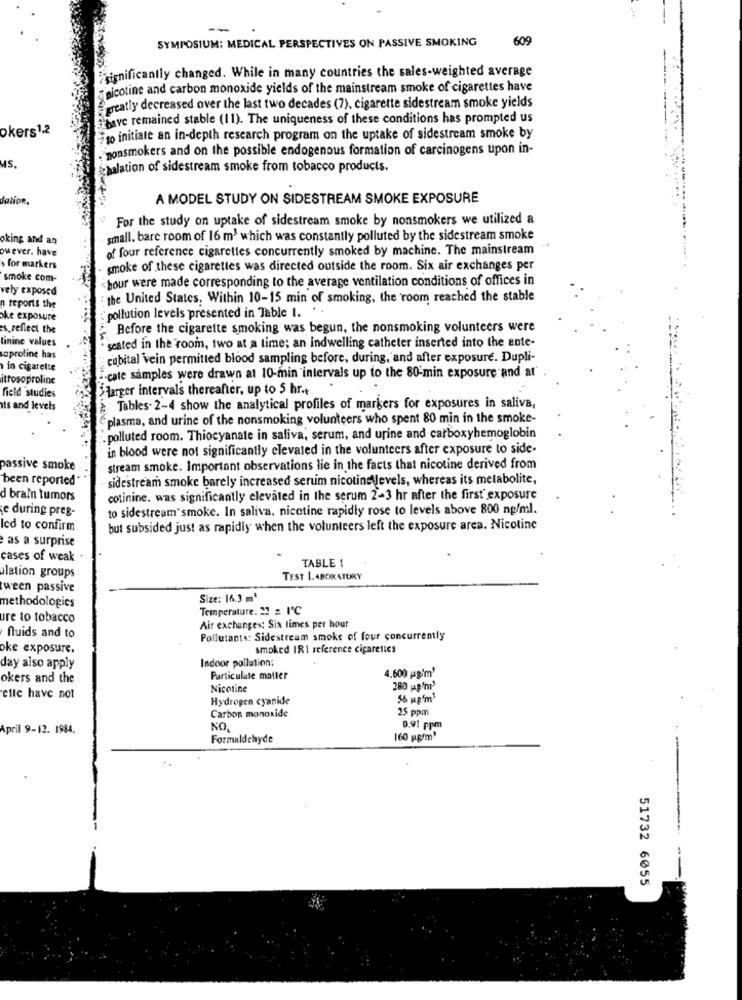
--
SYMPOSIUM: MEDICAL PERSPECTIVES ON PASSIVE SMOKING
609
-
significantly changed. While in many countries the sales-weighted average
nicotine and carbon monoxide yields of the mainstream smoke of cigarettes have
greatly decreased over the last two decades (7), cigarette sidestream smoke yields
Losve remained stable (11). The uniqueness of these conditions has prompted us
okers1.2
ito initiate an in-depth research program on the uptake of sidestream smoke by
nonsmokers and on the possible endogenous formation of carcinogens upon in-
MS.
halation of sidestream smoke from tobacco products.
dation,
A MODEL STUDY ON SIDESTREAM SMOKE EXPOSURE
For the study on uptake of sidestream smoke by nonsmokers we utilized a
oking and an
small. bare room of 16 m3 which was constantly polluted by the sidestream smoke
-
owever. have
of four reference cigarettes concurrently smoked by machine. The mainstream
for markers
smoke of these cigarettes was directed outside the room. Six air exchanges per
smoke com-
hour were made corresponding to the average ventilation conditions of offices in
vely exposed
the United States, Within 10-15 min of smoking, the room reached the stable
n reports the
oke exposure
pollution levels presented in Table I.
es_ reflect the
Before the cigarette smoking was begun, the nonsmoking volunteers were
tinine values
seated in the room, two at a time; an indwelling catheter inserted into the ante-
soproline has
cubital vein permitted blood sampling before, during, and after exposure. Dupli-
in cigarette
ittosoproline
-cate samples were drawn at 10-min intervals up to the 80 min exposure and at"
field studies
larger intervals thereafter, up to 5 hr.t
vis and levels
Tables. 2-4 show the analytical profiles of markers for exposures in saliva,
plasma, and urine of the nonsmoking volunteers who spent 80 min in the smoke-
. polluted room. Thiocyanate in saliva, serum, and urine and carboxyhemoglobin
in blood were not significantly elevated in the volunteers after exposure to side-
assive smoke
stream smoke. Important observations lie in the facts that nicotine derived from
been reported*
sidestream smoke barely increased serum nicotine levels, whereas its metabolite,
d brain tumors
cotinine. was significantly elevated in the serum 2-3 hr after the first' exposure
e during preg-
to sidestream smoke. In saliva. nicotine rapidly rose to levels above 800 ng/ml.
led to confirm
but subsided just as rapidly when the volunteers left the exposure area. Nicotine
as a surprise
cases of weak
TABLE 1
ulation groups
TEST LABORATORY
ween passive
methodologies
Size: 16.3 m'
Temperature: 21 = 1'℃
ure to tobacco
Air exchanges: Six times per hour
fluids and to
Pollutants: Sidestream smoke of four concurrently
oke exposure.
smoked IR1 reference cigaretics
Indoor pollution;
day also apply
4.600 pg'm'
okers and the
Particulate matter
Nicotine
280 g/m3
ette have not
Hydrogen cyanide
56 upfm
25 ppm
Carbon monoxide
April 9-12. 1984.
NO
0,91 ppm
Formaldehyde
160 ggfm'
51732 6055